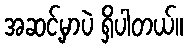
အဆင့်မှာပဲ ရှိပါတယ်။